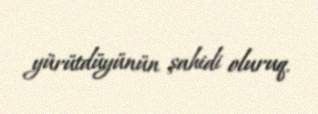
yürütdüyünün şahidi oluruq.